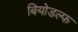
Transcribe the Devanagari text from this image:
बियोडल्फ